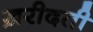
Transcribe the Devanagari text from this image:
ख़रीदती